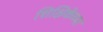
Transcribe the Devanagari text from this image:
शिक्षिकेच्या